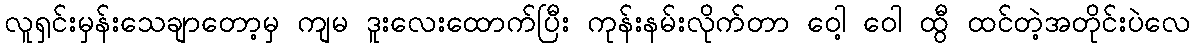
လူရှင်းမှန်းသေချာတော့မှ ကျမ ဒူးလေးထောက်ပြီး ကုန်းနမ်းလိုက်တာ ဝေါ့ ဝေါ ထွီ ထင်တဲ့အတိုင်းပဲလေ